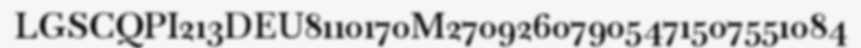
LGSCQPI213DEU8110170M27092607905471507551084